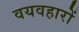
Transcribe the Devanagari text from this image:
वयवहारों